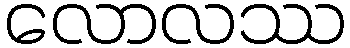
လောလဿ